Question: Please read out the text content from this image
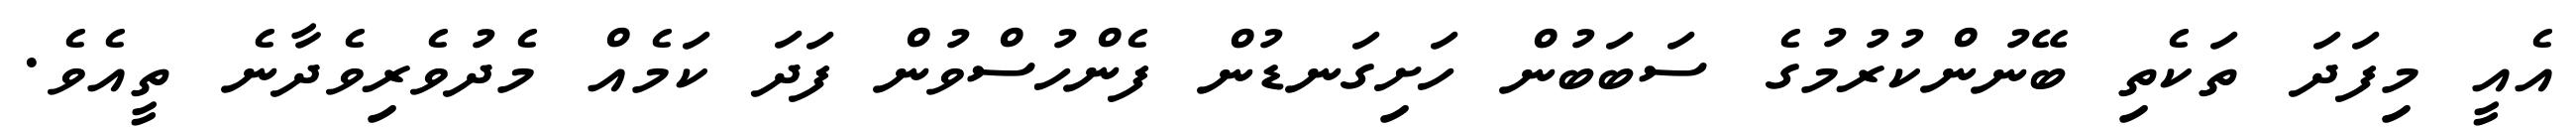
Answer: އެއީ މިފަދަ ތަކެތި ބޭނުންކުރުމުގެ ސަބަބުން ހަށިގަނޑުން ފެންހުސްވުން ފަދަ ކަމެއް މެދުވެރިވެދާނެ ތީއެވެ.